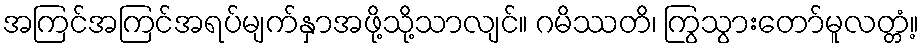
အကြင်အကြင်အရပ်မျက်နှာအဖို့သို့သာလျင်။ ဂမိဿတိ၊ ကြွသွားတော်မူလတ္တံ့။